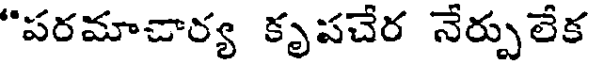
"పరమాచార్య కృపచేర నేర్పులేక